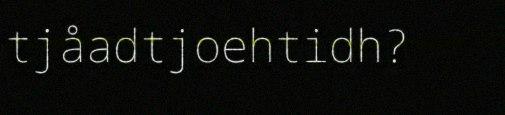
tjåadtjoehtidh?